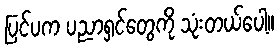
ပြင်ပက ပညာရှင်တွေကို သုံးတယ်ပေါ့။